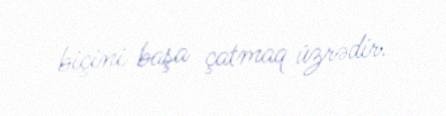
biçini başa çatmaq üzrədir.